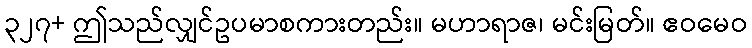
၃၂၇+ ဤသည်လျှင်ဥပမာစကားတည်း။ မဟာရာဇ၊ မင်းမြတ်။ ဧဝမေဝ